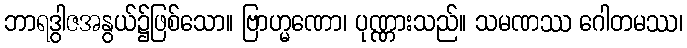
ဘာရဒွါဇအနွယ်၌ဖြစ်သော။ ဗြာဟ္မဏော၊ ပုဏ္ဏားသည်။ သမဏဿ ဂေါတမဿ၊